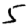
Digit: 5